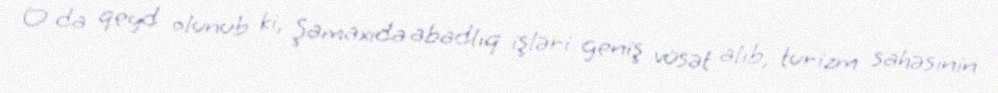
O da qeyd olunub ki, Şamaxıda abadlıq işləri geniş vüsət alıb, turizm sahəsinin